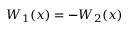
W _ { 1 } ( x ) = - W _ { 2 } ( x )